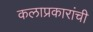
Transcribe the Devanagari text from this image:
कलाप्रकारांची